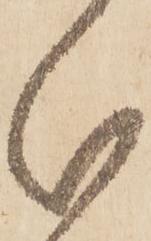
分